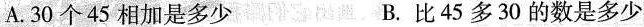
A. 30 个 45 相加是多少 B. 比 45 多 30 的数是多少